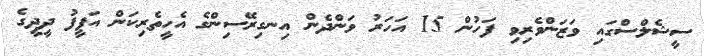
ސީޝެލްސްގައި ވަޒަންވެރިވި ފަހުން 15 އަހަރު ވަންދެން އިނގިރޭސިންގެ އެހީތެރިކަން އަފީފު ދީދީގެ